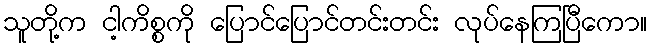
သူတို့က ငါ့ကိစ္စကို ပြောင်ပြောင်တင်းတင်း လုပ်နေကြပြီကော။